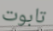
تابوت